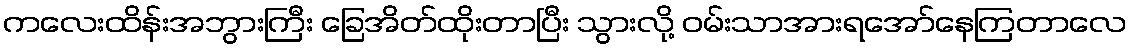
ကလေးထိန်းအဘွားကြီး ခြေအိတ်ထိုးတာပြီး သွားလို့ ဝမ်းသာအားရအော်နေကြတာလေ